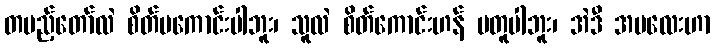
တပည့်တော်လဲ စိတ်မကောင်းပါဘူး၊ သူလဲ စိတ်ကောင်းဟန် မတူပါဘူး၊ အဲဒီ အမလေးဟာ